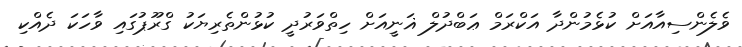
ވެލެންސިއާއަށް ކުޅެމުންދާ އަކްރަމް ޢަބްދުލް ޣަނީއަށް ހިތްވަރުދީ ކުޅުންތެރިޔަކު ގްރޫޕުގައި ވާހަކަ ދެއްކި